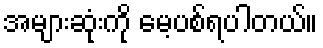
အများဆုံးကို မေ့ပစ်ရပါတယ်။